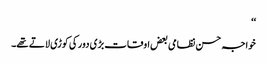
‘‘
خواجہ حسن نظامی بعض اوقات بڑی دور کی کوڑی لاتے تھے۔